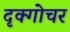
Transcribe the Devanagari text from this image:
दृक्गोचर